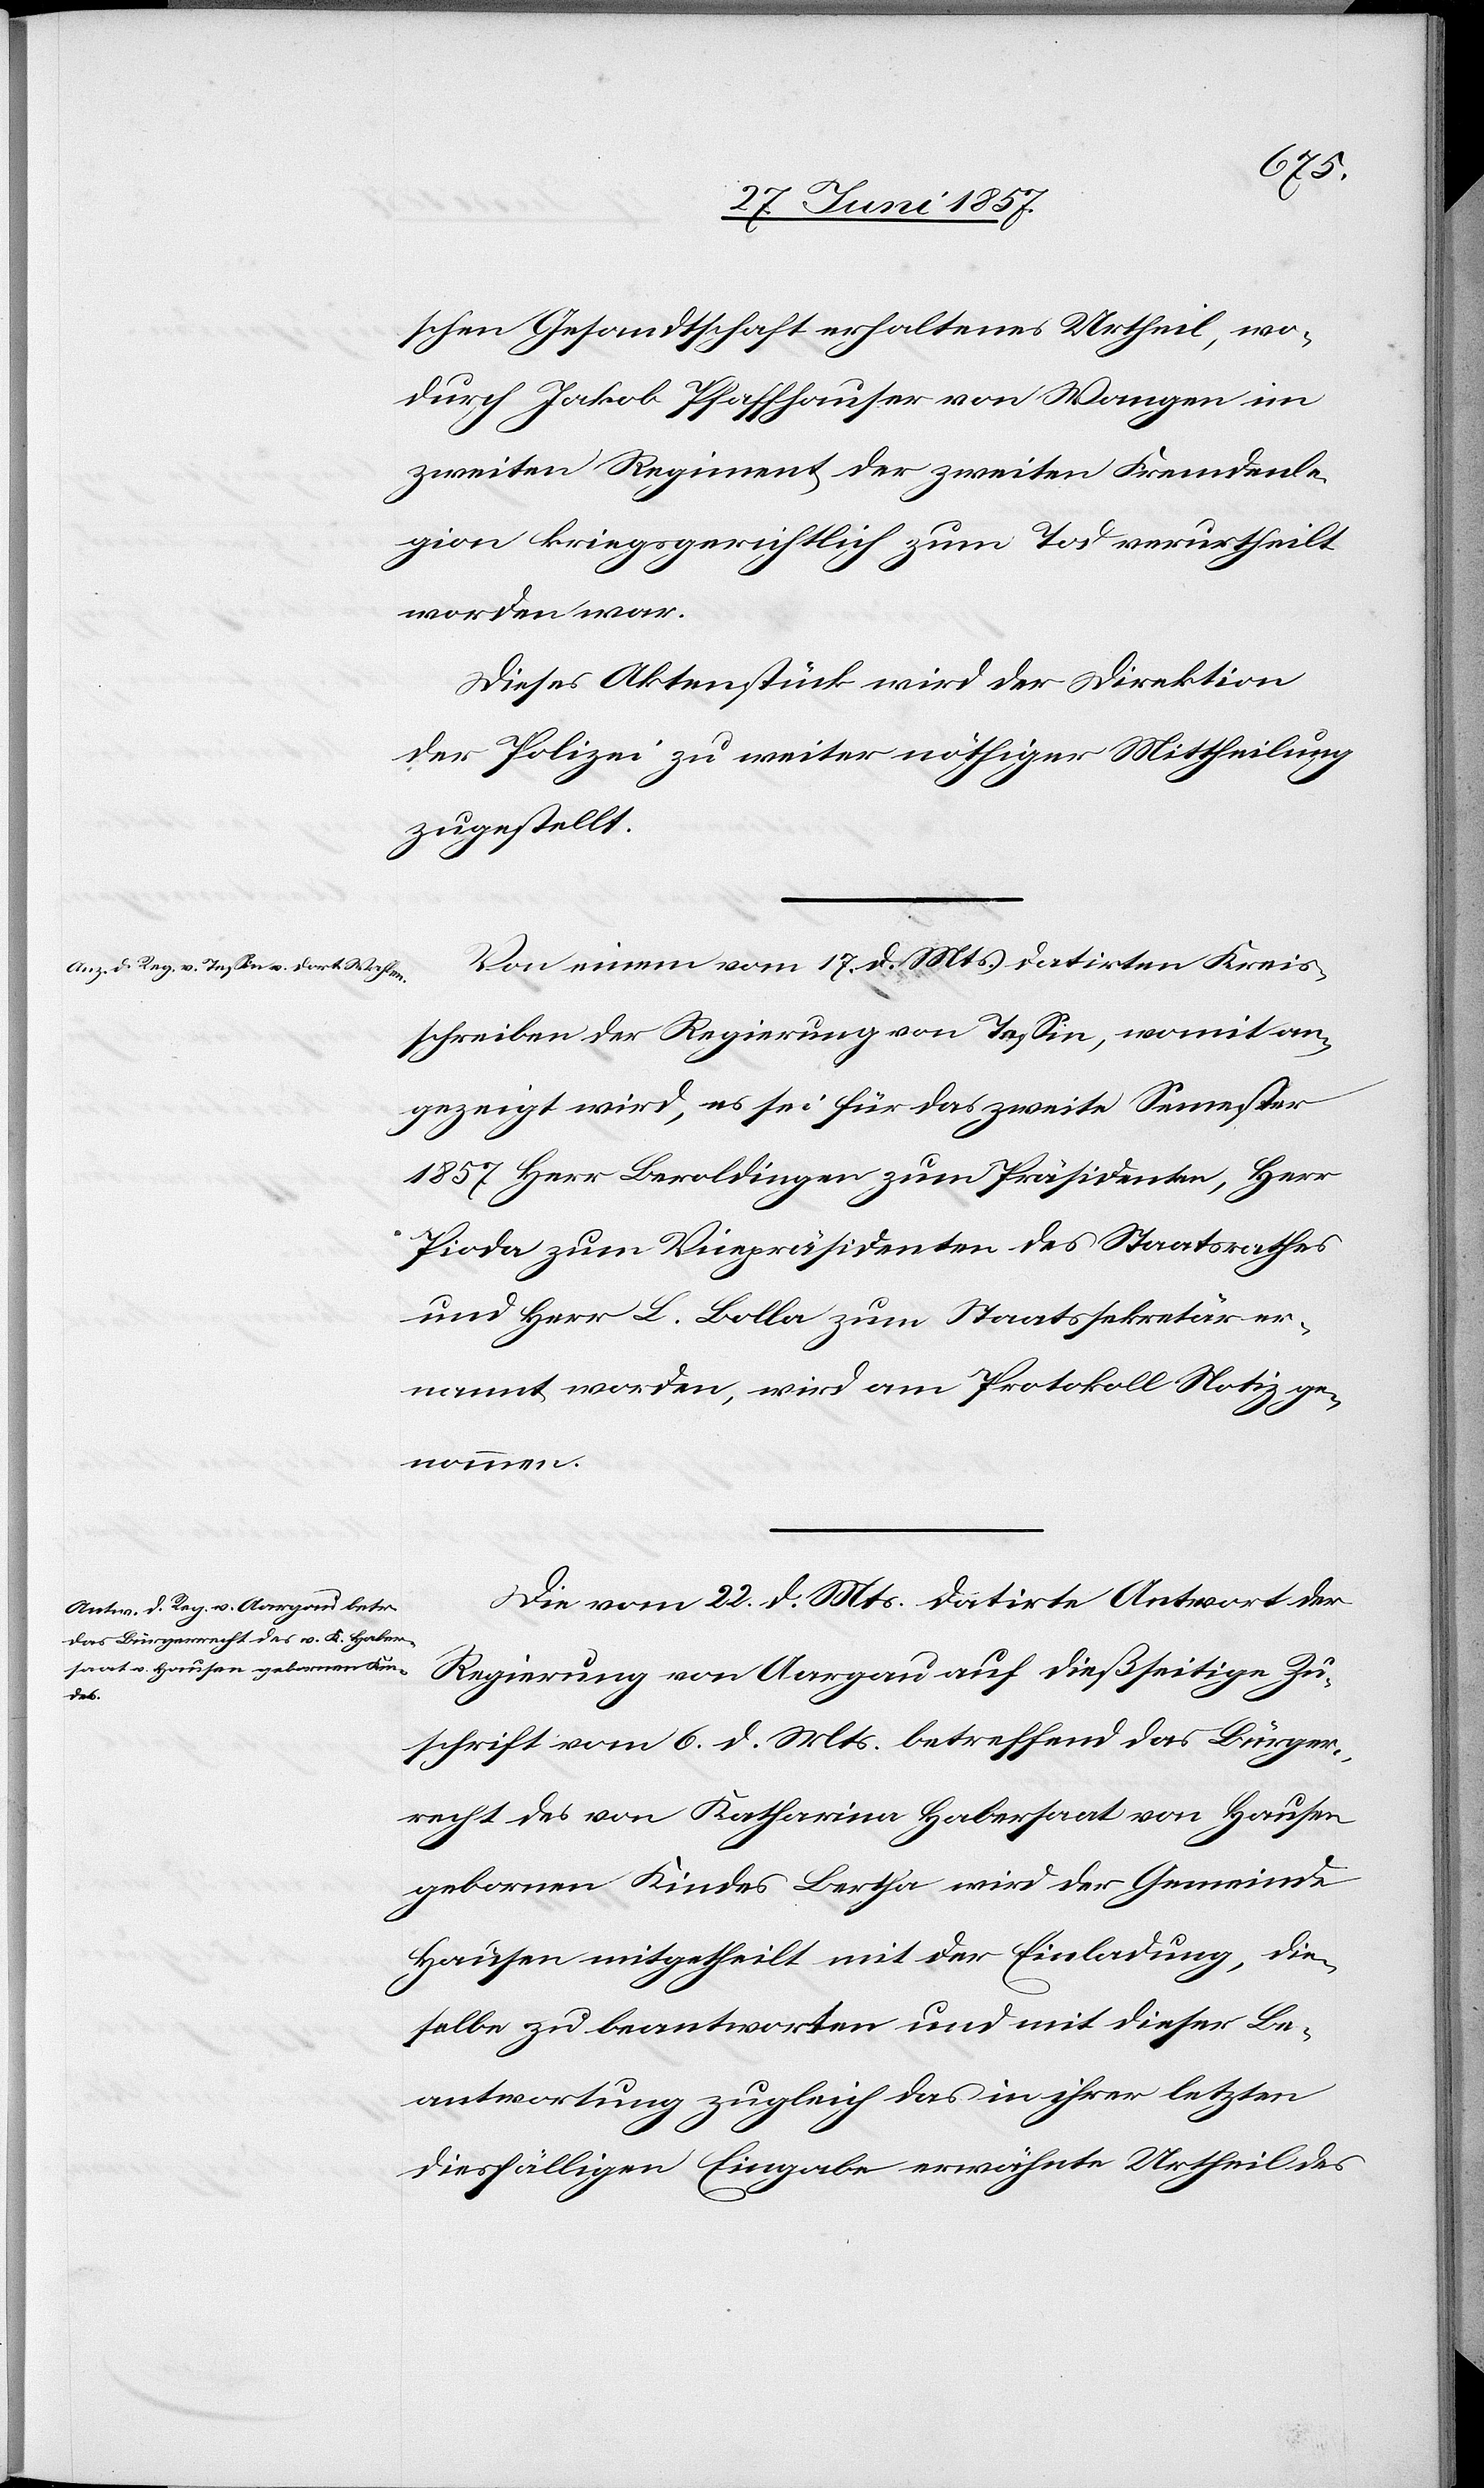
schen Gesandtschaft erhaltenes Urtheil, wo¬
durch Jakob Pfaffhausen von Wangen im
zweiten Regiment der zweiten Fremdenle¬
gion kriegsgerichtlich zum Tod verurtheilt
worden war.
Dieses Aktenstück wird der Direktion
der Polizei zu weiter nöthiger Mittheilung
zugestellt.
Von einem vom 17 d. Mts. datirten Kreis¬
schreiben der Regierung von Tessin, womit an¬
gezeigt wird, es sei für das zweite Semester
1857 Herr Beroldingen zum Präsidenten, Herr
Pioda zum Vicepräsidenten des Staatsrathes
und Herr L. Bolla zum Staatssekretär er¬
nannt worden, wird am Protokoll Notiz ge¬
nommen.
Die vom 22 d. Mts. datirte Antwort der
Regierung von Aargau auf dießseitige Zu¬
schrift vom 6 d. Mts. betreffend das Bürger¬
recht des von Katharina Habersaat von Hausen
gebornen Kindes Bertha wird der Gemeinde
Hausen mitgetheilt mit der Einladung, die¬
selbe zu beantworten und mit dieser Be¬
antwortung zugleich das in ihrer letzten
diesfälligen Eingabe erwähnte Urtheil des